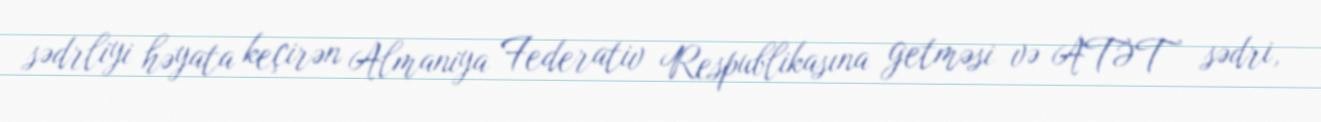
sədrliyi həyata keçirən Almaniya Federativ Respublikasına getməsi və ATƏT sədri,